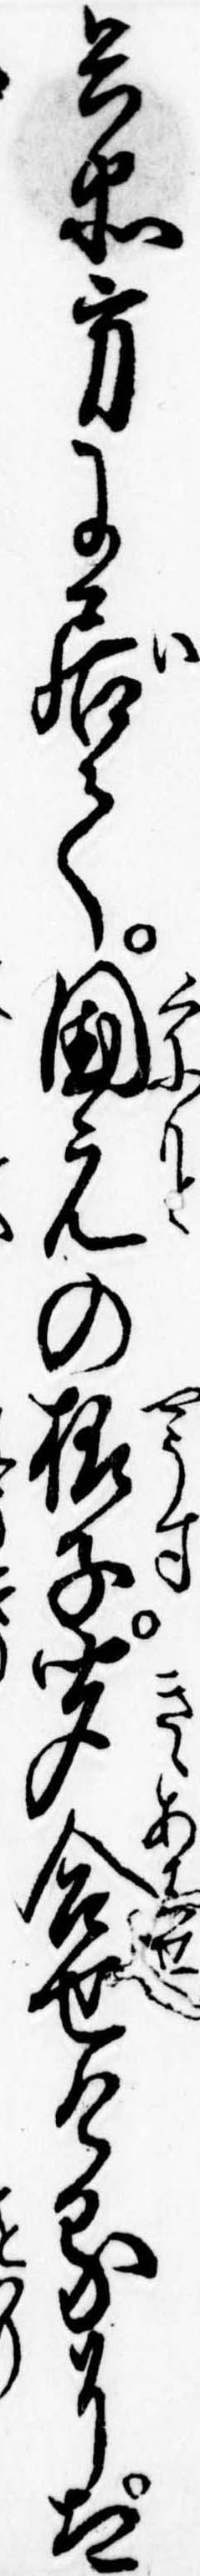
兵衛方に居て国元の様子聞合せけるに太